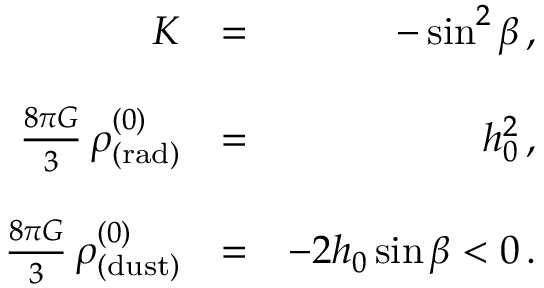
\begin{array} { r l r } { K } & { = } & { - \sin ^ { 2 } \beta \, , } \\ & { } & \\ { \frac { 8 \pi G } { 3 } \, \rho _ { \mathrm { ( r a d ) } } ^ { ( 0 ) } } & { = } & { h _ { 0 } ^ { 2 } \, , } \\ & { } & \\ { \frac { 8 \pi G } { 3 } \, \rho _ { \mathrm { ( d u s t ) } } ^ { ( 0 ) } } & { = } & { - 2 h _ { 0 } \sin \beta < 0 \, . } \end{array}